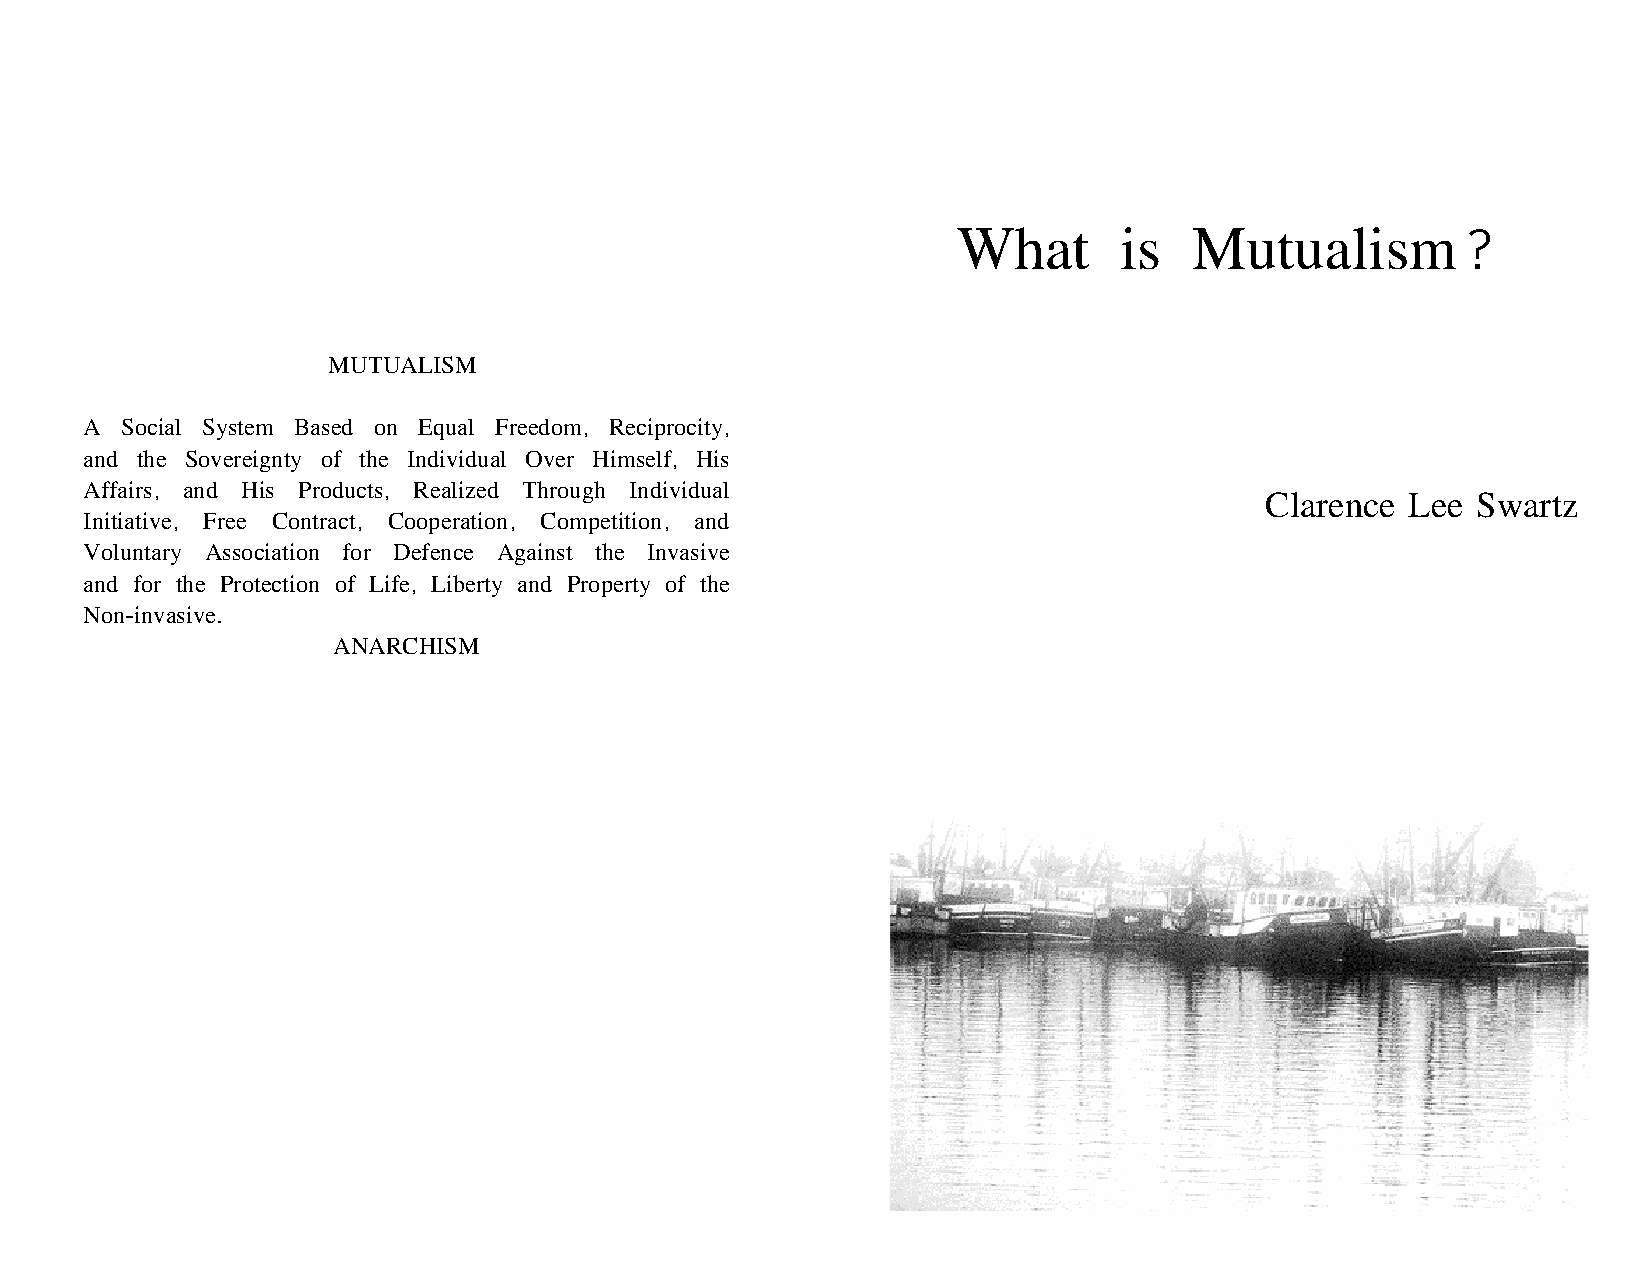
What       is   Mutualism?
 MUTUALISM
 A Social System Based on Equal Freedom, Reciprocity,
 and the Sovereignty of the Individual Over Himself, His
 Affairs, and His Products, Realized Through Individual
 Clarence Lee  Swartz
 Initiative, Free Contract, Cooperation, Competition, and
 Voluntary Association for Defence Against the Invasive
 and for the Protection of Life, Liberty and Property of the
 Non-invasive.
 ANARCHISM